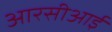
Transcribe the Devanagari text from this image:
आरसीआई